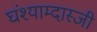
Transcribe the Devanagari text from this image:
घंश्याम्दास्जी